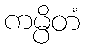
ကမ္ပိတံ